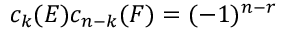
c _ { k } ( E ) c _ { n - k } ( F ) = ( - 1 ) ^ { n - r }